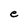
Character: e